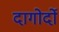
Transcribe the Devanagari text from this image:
दागोर्दो